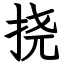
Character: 挠